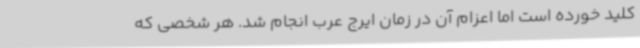
کلید خورده است اما اعزام آن در زمان ایرج عرب انجام شد. هر شخصی که